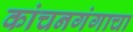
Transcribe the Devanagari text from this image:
कांचनगंगाचा